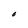
Character: O